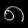
Digit: ၈